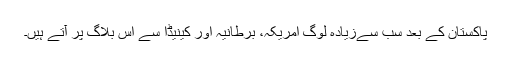
پاکستان کے بعد سب سےزیادہ لوگ امریکہ، برطانیہ اور کینیڈا سے اس بلاگ پر آتے ہیں۔